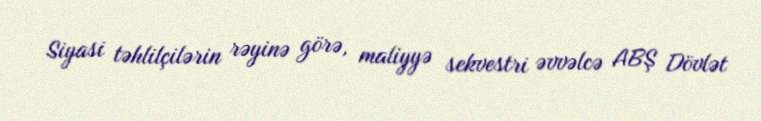
Siyasi təhlilçilərin rəyinə görə, maliyyə sekvestri əvvəlcə ABŞ Dövlət